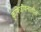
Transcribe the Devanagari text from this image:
कृषिजीवनातील